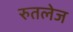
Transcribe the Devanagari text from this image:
रुतलेज